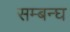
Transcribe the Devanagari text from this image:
सम्बन्घ